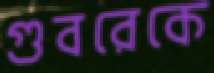
গুবরেকে